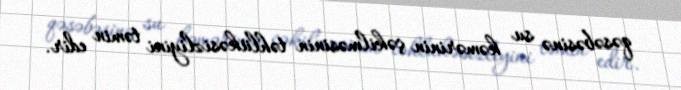
qəsəbəsinə su kəmərinin çəkilməsinin təhlükəsizliyini təmin edir.